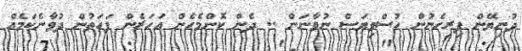
ދުނިޔޭން ފިރިހެނުން ހުސްވިޔަސް ނުވާނަން .. ދެން ކޮންމެހެން އަހަރެން ފަހަތުން ދުވާނެކަމެއް